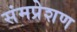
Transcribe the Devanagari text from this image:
संमप्रेशण